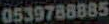
0539788885